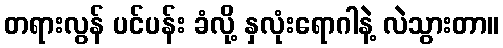
တရားလွန် ပင်ပန်း ခံလို့ နှလုံးရောဂါနဲ့ လဲသွားတာ။